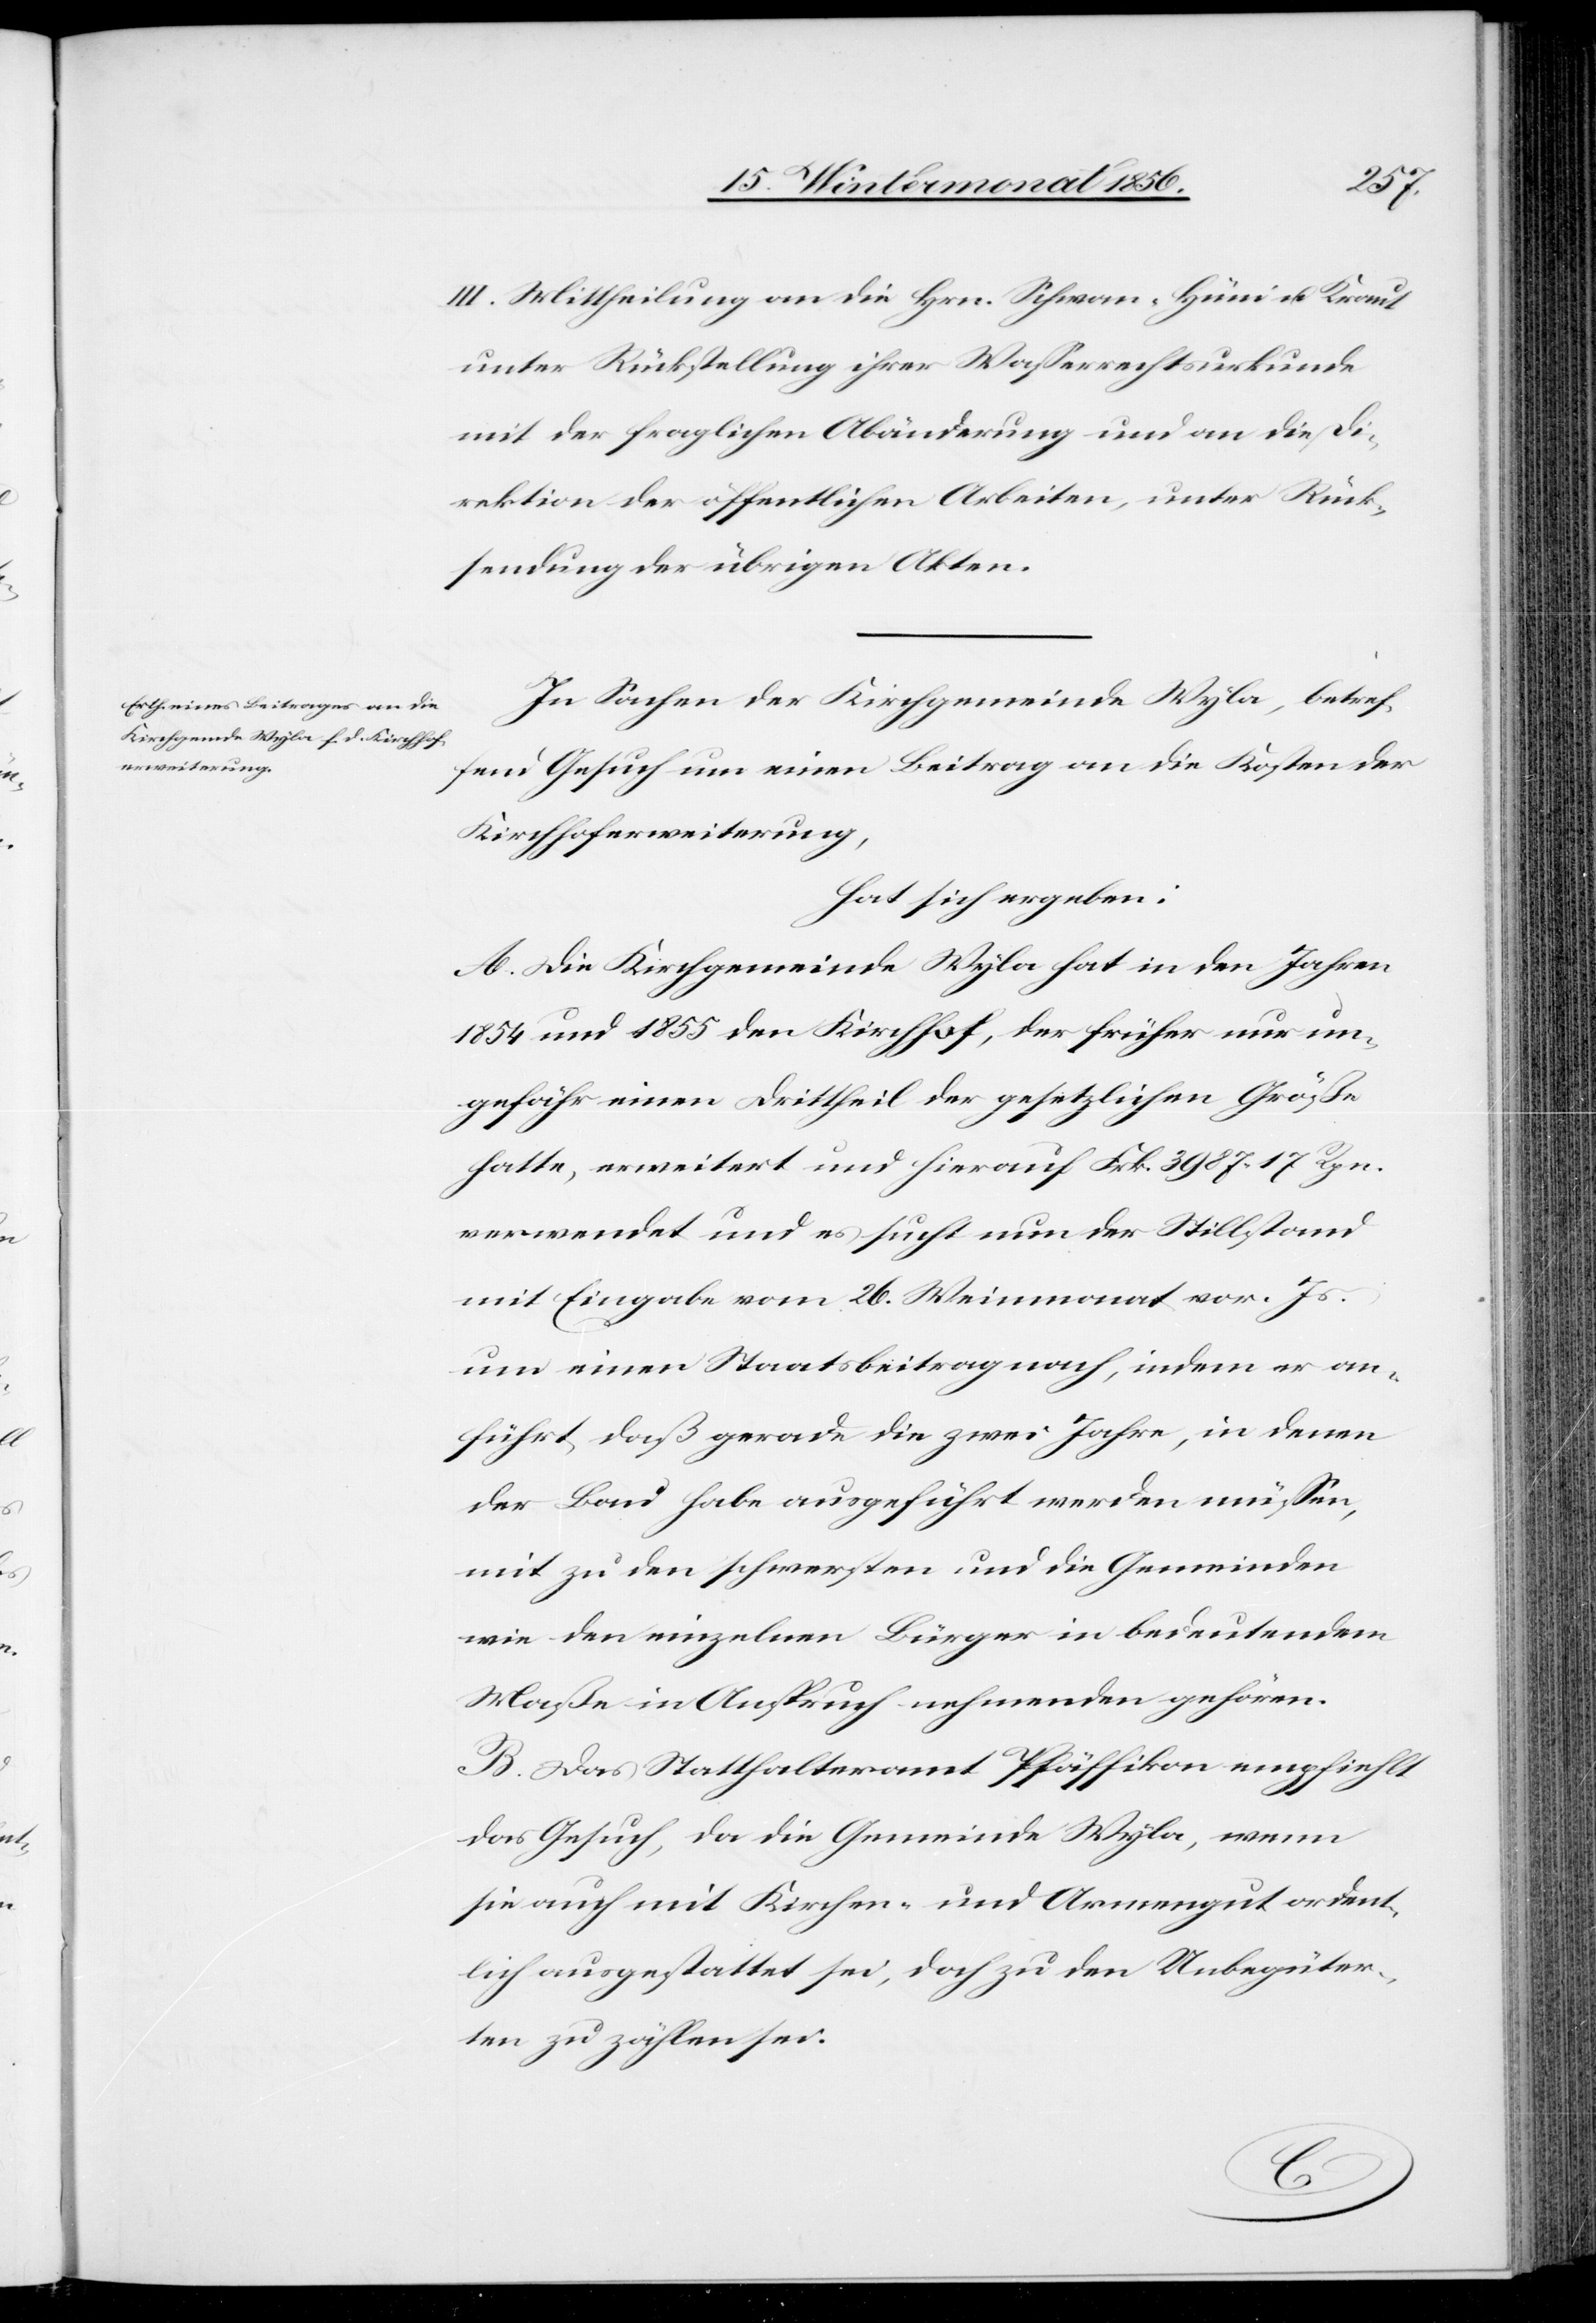
III. Mittheilung an die Hrn. Schwan-Hüni u. Kraut
unter Rückstellung ihrer Wasserrechtsurkunde
mit der fraglichen Abänderung und an die Di¬
rektion der öffentlichen Arbeiten, unter Rück¬
sendung der übrigen Akten.
In Sachen der Kirchgemeinde Wyla, betref¬
fend Gesuch um einen Beitrag an die Kosten der
Kirchhoferweiterung,
hat sich ergeben:
A. Die Kirchgemeinde Wyla hat in den Jahren
1854 und 1855 den Kirchhof, der früher nur un¬
gefähr einen Drittheil der gesetzlichen Größe
hatte, erweitert und hierauf Frk. 3987. 17 Rpn.
verwendet und es sucht nun der Stillstand
mit Eingabe vom 26. Weinmonat vor. Js.
um einen Staatsbeitrag nach, indem er an¬
führt, daß gerade die zwei Jahre, in denen
der Bau habe ausgeführt werden müssen,
mit zu den schwersten und die Gemeinden
wie den einzelnen Bürger in bedeutendem
Maße in Anspruch nehmenden gehören.
B. Das Statthalteramt Pfäffikon empfiehlt
das Gesuch, da die Gemeinde Wyla, wenn
sie auch mit Kirchen- und Armengut ordent¬
lich ausgestattet sei, doch zu den Unbegüter¬
ten zu zählen sei.